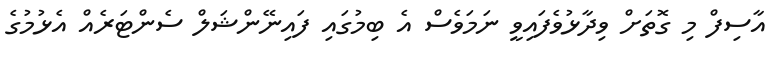
އާސިފް މި ގޮތަށް ވިދާޅުވެފައިވީ ނަމަވެސް އެ ބިމުގައި ފައިނޭންޝަލް ސެންޓަރެއް އެޅުމުގެ